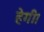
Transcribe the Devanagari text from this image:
हेगी।